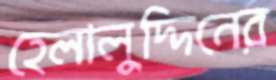
হেলালুদ্দিনের